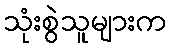
သုံးစွဲသူများက